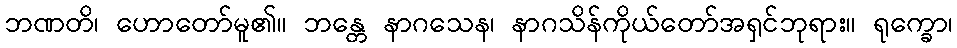
ဘဏတိ၊ ဟောတော်မူ၏။ ဘန္တေ နာဂသေန၊ နာဂသိန်ကိုယ်တော်အရှင်ဘုရား။ ရုက္ခော၊